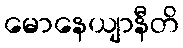
မောနေယျာနီတိ